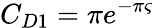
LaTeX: C_{D1}=\pi e^{-\pi\varsigma}